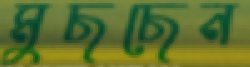
মুছছেন